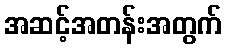
အဆင့်အတန်းအတွက်